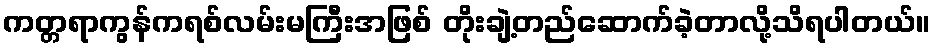
ကတ္တရာကွန်ကရစ်လမ်းမကြီးအဖြစ် တိုးချဲ့တည်ဆောက်ခဲ့တာလို့သိရပါတယ်။